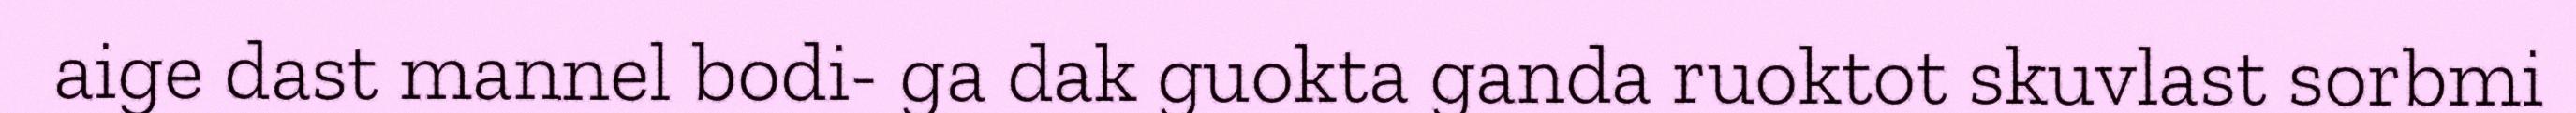
aige dast mannel bodi- ga dak guokta ganda ruoktot skuvlast sorbmi